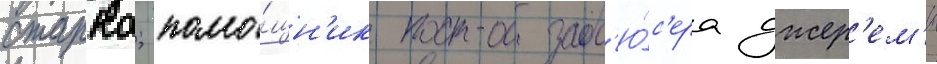
старка; помо́щн'ик прод'ю́с'ера джер'ем'и